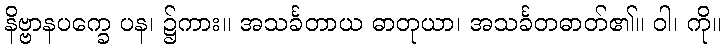
နိဗ္ဗာနပက္ခေ ပန၊ ၌ကား။ အသင်္ခတာယ ဓာတုယာ၊ အသင်္ခတဓာတ်၏။ ဝါ၊ ကို။